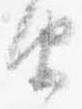
由